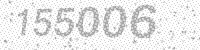
Solution: 155006